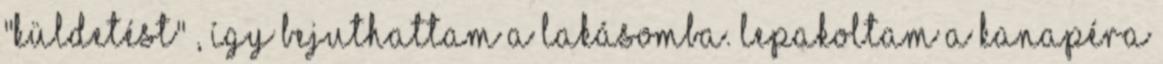
"küldetést" , így bejuthattam a lakásomba. Lepakoltam a kanapéra